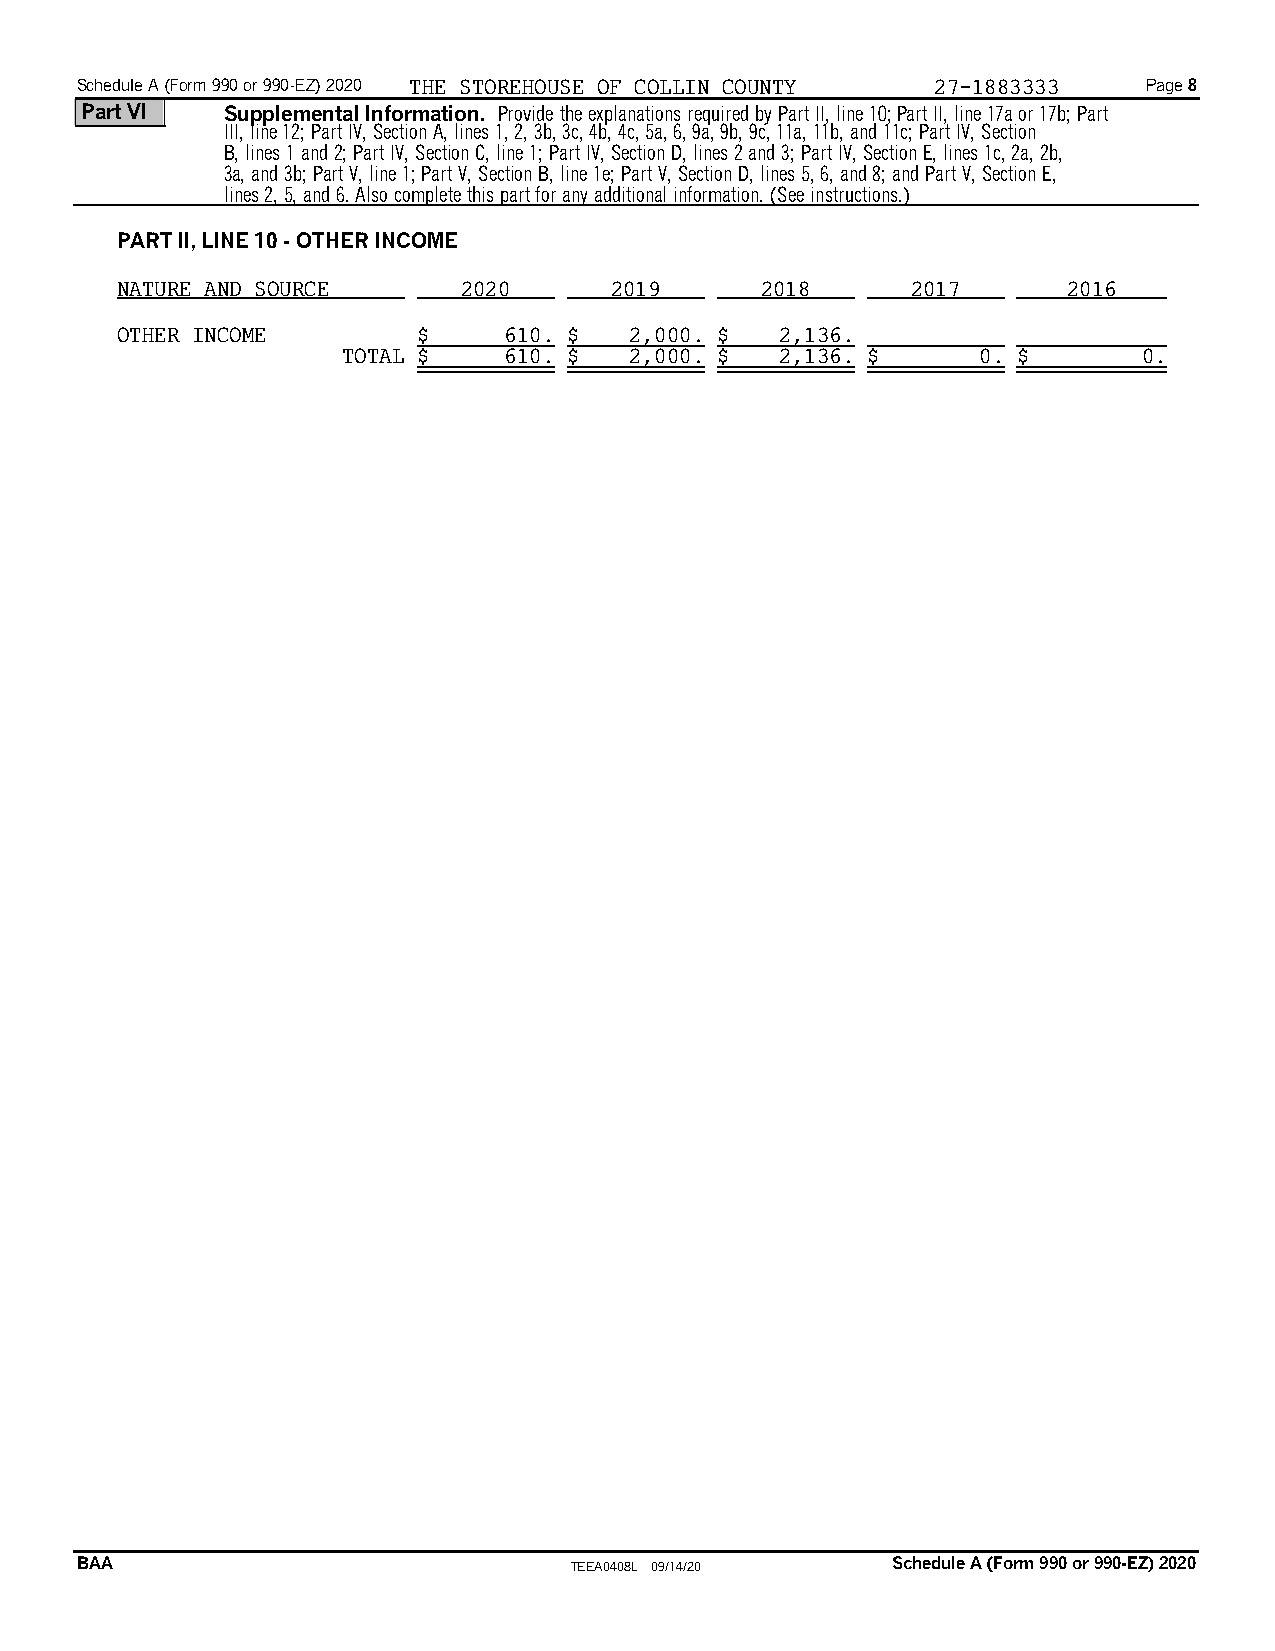
Schedule A (Form 990 or 990-EZ) 2020 THE STOREHOUSE OF COLLIN COUNTY 27-1883333 Page 8
 Part VI   Supplemental Information. Provide the explanations required by Part II, line 10;Part II, line 17a or 17b; Part
 III, line 12; Part IV, Section A, lines 1, 2, 3b, 3c, 4b, 4c, 5a, 6, 9a, 9b, 9c, 11a, 11b, and 11c; Part IV, Section
 B, lines 1 and 2; Part IV, Section C, line 1; Part IV, Section D, lines 2 and 3; Part IV, Section E, lines 1c, 2a, 2b,
 3a, and 3b; Part V, line 1; Part V, Section B, line 1e; Part V, Section D, lines 5, 6, and 8; and Part V, Section E,
 lines 2, 5, and 6. Also complete this part for any additional information. (See instructions.)
 PART II, LINE 10 - OTHER INCOME
 NATURE AND SOURCE     2020      2019      2018      2017       2016
 OTHER INCOME        $    610. $   2,000. $  2,136.
 TOTAL $   610. $   2,000. $  2,136. $     0. $       0.
 BAA                              TEEA0408L 09/14/20   Schedule A (Form 990 or 990-EZ) 2020